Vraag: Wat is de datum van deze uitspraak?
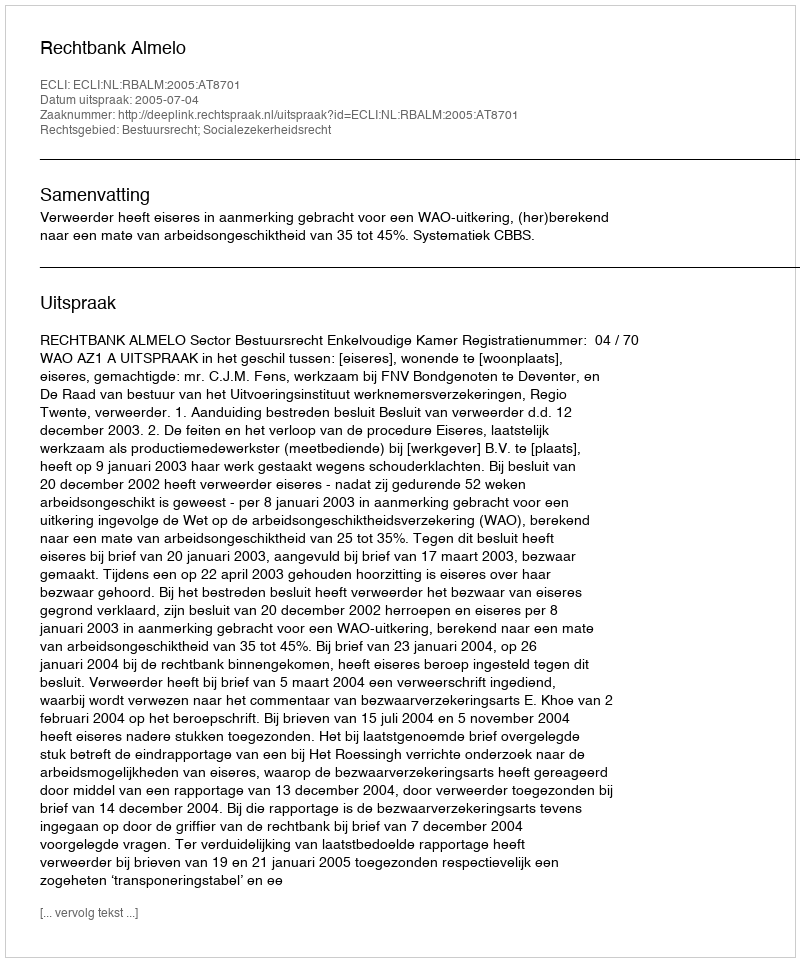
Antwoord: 2005-07-04